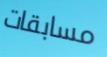
مسابقات